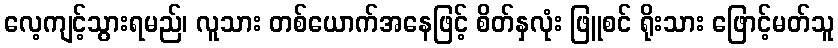
လေ့ကျင့်သွားရမည်၊ လူသား တစ်ယောက်အနေဖြင့် စိတ်နှလုံး ဖြူစင် ရိုးသား ဖြောင့်မတ်သူ